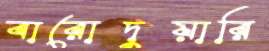
বারোদুয়ারি